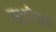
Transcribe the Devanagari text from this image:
लक्ष्मीताल